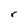
Character: r